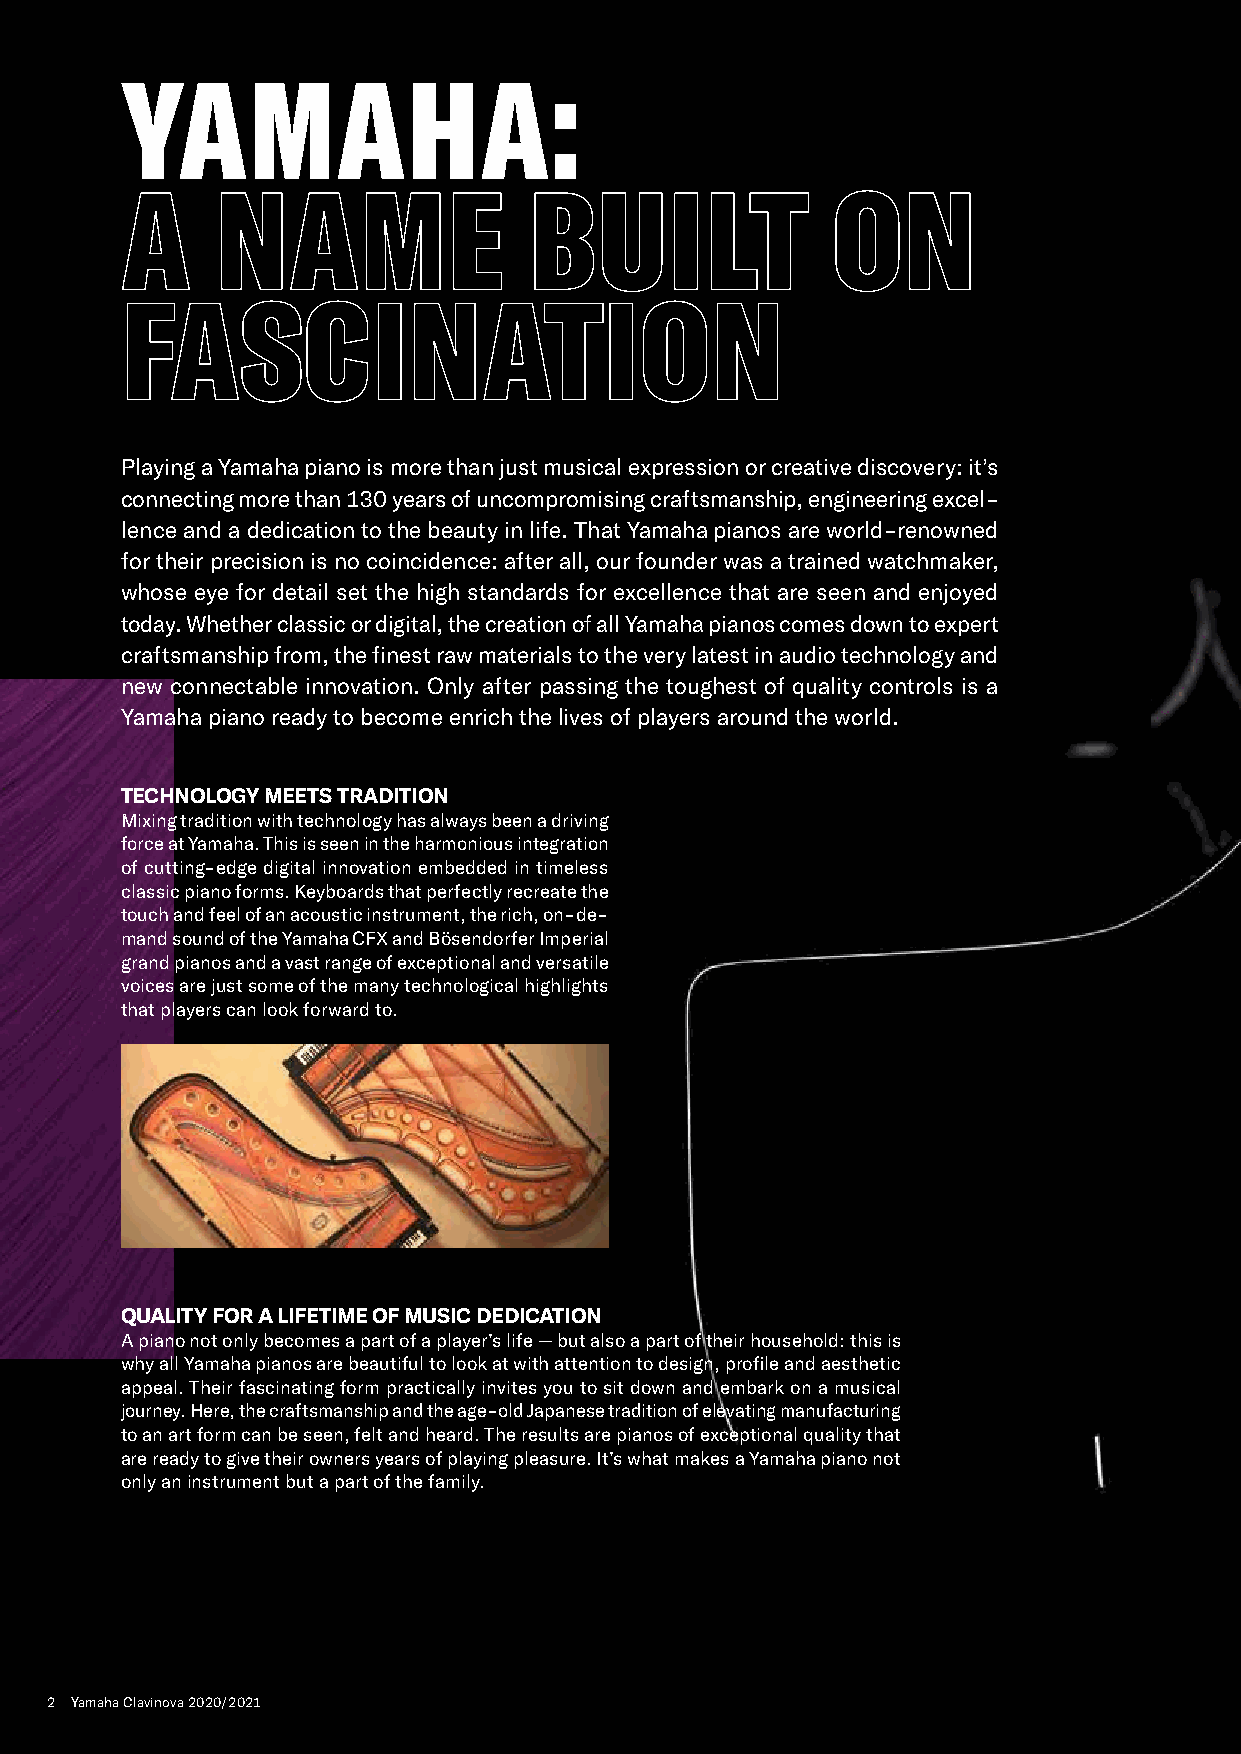
YAMAHA:
 A     NAME                 BUILT               ON
 FASCINATION
 Playing a Yamaha piano is more than just musical expression or creative discovery: it’s
 connecting more than 130 years of uncompromising craftsmanship, engineering excel-
 lence and a dedication to the beauty in life. That Yamaha pianos are world-renowned
 for their precision is no coincidence: after all, our founder was a trained watchmaker,
 whose eye for detail set the high standards for excellence that are seen and enjoyed
 today. Whether classic or digital, the creation of all Yamaha pianos comes down to expert
 craftsmanship from, the finest raw materials to the very latest in audio technology and
 new connectable innovation. Only after passing the toughest of quality controls is a
 Yamaha piano ready to become enrich the lives of players around the world.
 TECHNOLOGY MEETS TRADITION
 Mixing tradition with technology has always been a driving
 force at Yamaha. This is seen in the harmonious integration
 of cutting-edge digital innovation embedded in timeless
 classic piano forms. Keyboards that perfectly recreate the
 touch and feel of an acoustic instrument, the rich, on-de-
 mand sound of the Yamaha CFX and Bösendorfer Imperial
 grand pianos and a vast range of exceptional and versatile
 voices are just some of the many technological highlights
 that players can look forward to.
 QUALITY FOR A LIFETIME OF MUSIC DEDICATION
 A piano not only becomes a part of a player’s life — but also a part of their household: this is
 why all Yamaha pianos are beautiful to look at with attention to design, profile and aesthetic
 appeal. Their fascinating form practically invites you to sit down and embark on a musical
 journey. Here, the craftsmanship and the age-old Japanese tradition of elevating manufacturing
 to an art form can be seen, felt and heard. The results are pianos of exceptional quality that
 are ready to give their owners years of playing pleasure. It’s what makes a Yamaha piano not
 only an instrument but a part of the family.
 2 Yamaha Clavinova 2020/2021